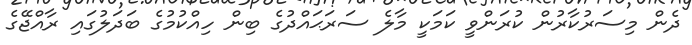
ދެން މިސަރުކާރުން ކުރަންވީ ކަމަކީ މާލެ ސަރަޙައްދުގެ ބިން ހިއްކުމުގެ ބަދަލުގައި ރާއްޖޭގެ